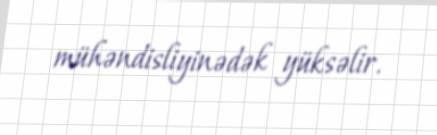
mühəndisliyinədək yüksəlir.